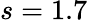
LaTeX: s=1.7